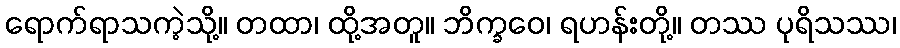
ရောက်ရာသကဲ့သို့။ တထာ၊ ထို့အတူ။ ဘိက္ခဝေ၊ ရဟန်းတို့။ တဿ ပုရိသဿ၊